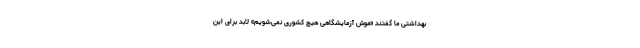
بهداشتی ما گفتند «موش آزمایشگاهی هیچ کشوری نمی‌شویم» لابد برای این